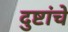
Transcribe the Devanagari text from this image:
दुष्टांचे